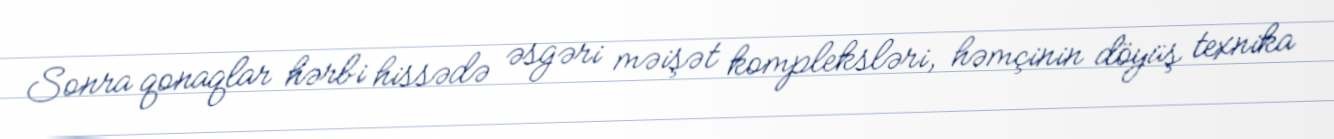
Sonra qonaqlar hərbi hissədə əsgəri məişət kompleksləri, həmçinin döyüş texnika